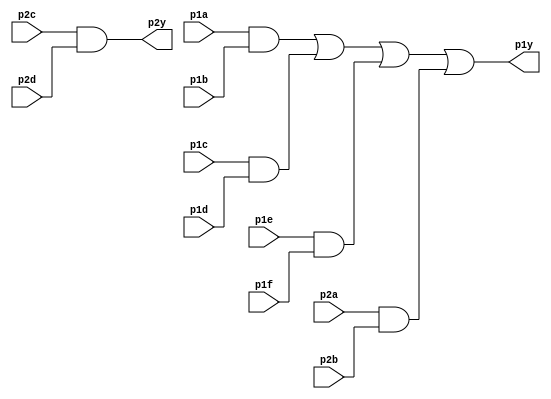
module top_module ( 
    input p1a, p1b, p1c, p1d, p1e, p1f,
    output p1y,
    input p2a, p2b, p2c, p2d,
    output p2y );

    wire a1 = p1a & p1b;
    wire a2 = p1c & p1d;
    wire a3 = p1e & p1f;
    wire a4 = p2a & p2b;
    wire a5 = p2c & p2d;

    assign p1y = a1 | a2 | a3 | a4;
    assign p2y = a5;

endmodule